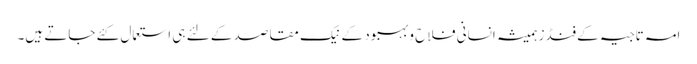
امہ تاجیہ کے فنڈز ہمیشہ انسانی فلاح وبہبود کے نیک مقاصد کے لئے ہی استعمال کئے جاتے ہیں۔